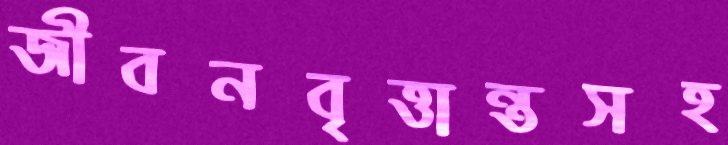
জীবনবৃত্তান্তসহ